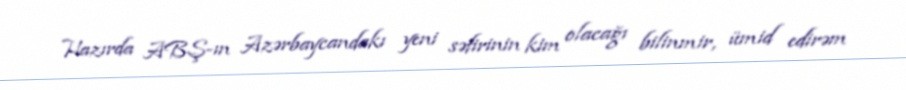
Hazırda ABŞ-ın Azərbaycandakı yeni səfirinin kim olacağı bilinmir, ümid edirəm